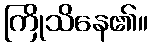
ကြိုသိနေ၏။